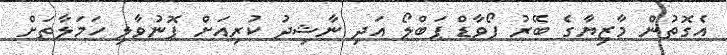
އެގޮތުން މާޒިޔާގެ ބޭރު ފޯވާޑް ޕަބްލޯ އަދި ނާޝިދު ކުރިއަށް ފޮނުވާލި ހަމަލާތަށް